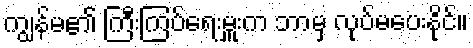
ကျွန်မ၏ ကြီးကြပ်ရေးမှူးက ဘာမှ လုပ်မပေးနိုင်။